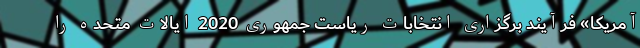
آمریکا» فرآیند برگزاری انتخابات ریاست جمهوری 2020 ایالات متحده را